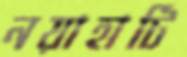
নয়াহাটি